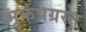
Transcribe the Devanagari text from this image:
भूकंपग्रस्त